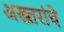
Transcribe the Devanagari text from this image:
अख्तरांचे